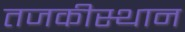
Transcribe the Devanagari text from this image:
तजकीस्थान